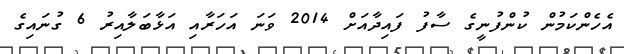
އެހެންކަމުން ކުންފުނީގެ ސާފު ފައިދާއަށް 2014 ވަނަ އަހަރާއި އަޅާބަލާއިރު 6 ގުނައިގެ